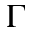
\Gamma